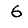
Digit: 6